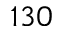
1 3 0